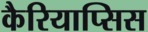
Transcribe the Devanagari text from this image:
कैरियाप्सिस